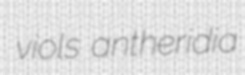
viols antheridia